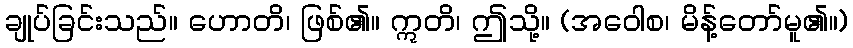
ချုပ်ခြင်းသည်။ ဟောတိ၊ ဖြစ်၏။ ဣတိ၊ ဤသို့။ (အဝေါစ၊ မိန့်တော်မူ၏။)